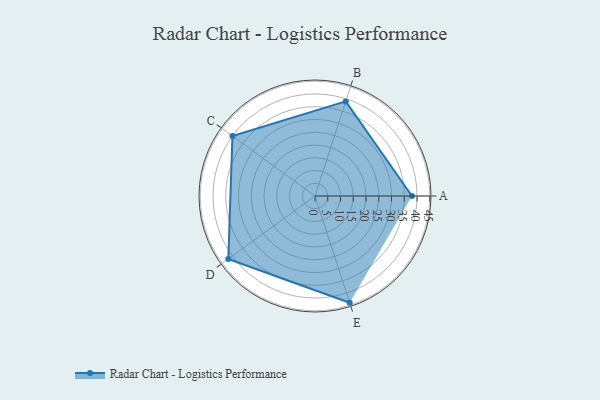
{"axis": {"x": "Skill", "y": "Score"}, "legend": ["Profile"], "data": [{"x": "A", "y": 38.0, "type": "Profile"}, {"x": "B", "y": 39.0, "type": "Profile"}, {"x": "C", "y": 40.0, "type": "Profile"}, {"x": "D", "y": 42.0, "type": "Profile"}, {"x": "E", "y": 44.0, "type": "Profile"}]}